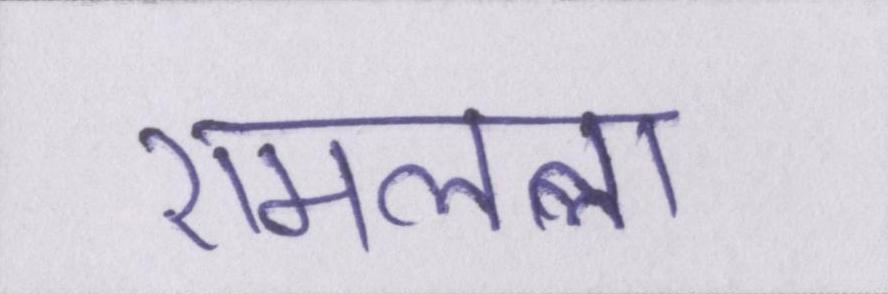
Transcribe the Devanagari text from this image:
रामलला